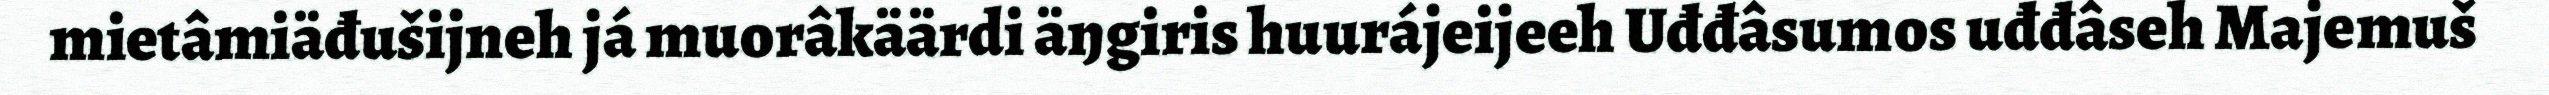
mietâmiäđušijneh já muorâkäärdi äŋgiris huurájeijeeh Uđđâsumos uđđâseh Majemuš